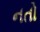
નતો